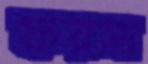
ফরসা